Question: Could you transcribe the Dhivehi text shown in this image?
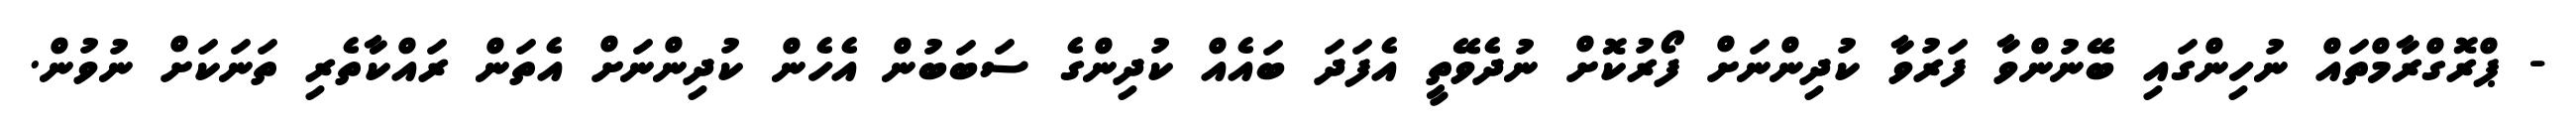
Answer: - ޕްރޮގްރާމްތައް ނުހިންގައި ބޭނުންވާ ފަރުވާ ކުދިންނަށް ފޯރުކޮށް ނުދެވޭތީ އެފަދަ ބައެއް ކުދިންގެ ސަބަބުން އެހެން ކުދިންނަށް އެތަން ރައްކާތެރި ތަނަކަށް ނުވުން.